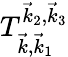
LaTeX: T_{\vec{k},\vec{k}_{1}}^{\vec{k}_{2},\vec{k}_{3}}